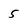
Character: 5